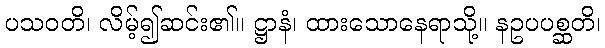
ပသဝတိ၊ လိမ့်၍ဆင်း၏။ ဋ္ဌာနံ၊ ထားသောနေရာသို့။ နဥပပစ္ဆတိ၊